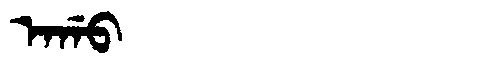
Manchu: ᠠᡤᠣ
Romanization: AGO